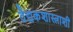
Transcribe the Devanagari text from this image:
वैद्यकशास्त्राशी